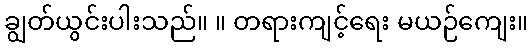
ချွတ်ယွင်းပါးသည်။ ။ တရားကျင့်ရေး မယဉ်ကျေး။